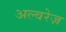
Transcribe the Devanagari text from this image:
अल्वरेज़